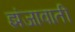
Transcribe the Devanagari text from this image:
झंजावाती